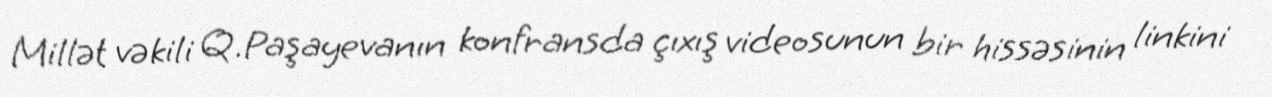
Millət vəkili Q.Paşayevanın konfransda çıxış videosunun bir hissəsinin linkini